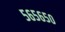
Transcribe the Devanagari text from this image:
५६५६५०